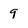
Character: 9